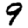
Digit: 9